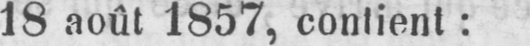
18 août 1857, confient;